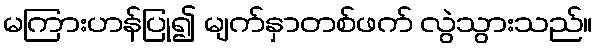
မကြားဟန်ပြု၍ မျက်နှာတစ်ဖက် လွဲသွားသည်။